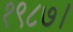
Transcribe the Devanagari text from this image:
१९८७।